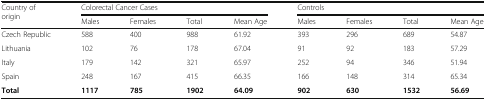
| <ROWSPAN=2> Country of origin | <COLSPAN=4> Colorectal Cancer Cases | <COLSPAN=4> Controls |
 | Males | Females | Total | Mean Age | Males | Females | Total | Mean Age |
 | --- | --- | --- | --- | --- | --- | --- | --- | --- |
 | Czech Republic | 588 | 400 | 988 | 61.92 | 393 | 296 | 689 | 54.87 |
 | Lithuania | 102 | 76 | 178 | 67.04 | 91 | 92 | 183 | 57.29 |
 | Italy | 179 | 142 | 321 | 65.97 | 252 | 94 | 346 | 51.94 |
 | Spain | 248 | 167 | 415 | 66.35 | 166 | 148 | 314 | 65.34 |
 | Total | 1117 | 785 | 1902 | 64.09 | 902 | 630 | 1532 | 56.69 |